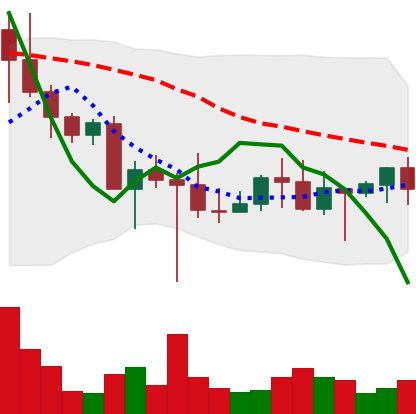
Ticker: DOGE-USD
Chart end date: 2022-10-24
Forward return: 104.354%
Label: up_7plus